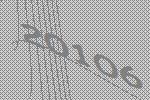
20106